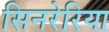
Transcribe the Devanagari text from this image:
सिनरेरिया